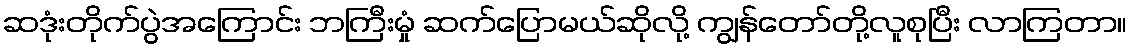
ဆဒုံးတိုက်ပွဲအကြောင်း ဘကြီးမှုံ ဆက်ပြောမယ်ဆိုလို့ ကျွန်တော်တို့လူစုပြီး လာကြတာ။